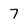
Character: 7